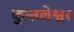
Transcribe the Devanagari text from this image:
कुन्तलेश्वर